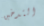
التدخين